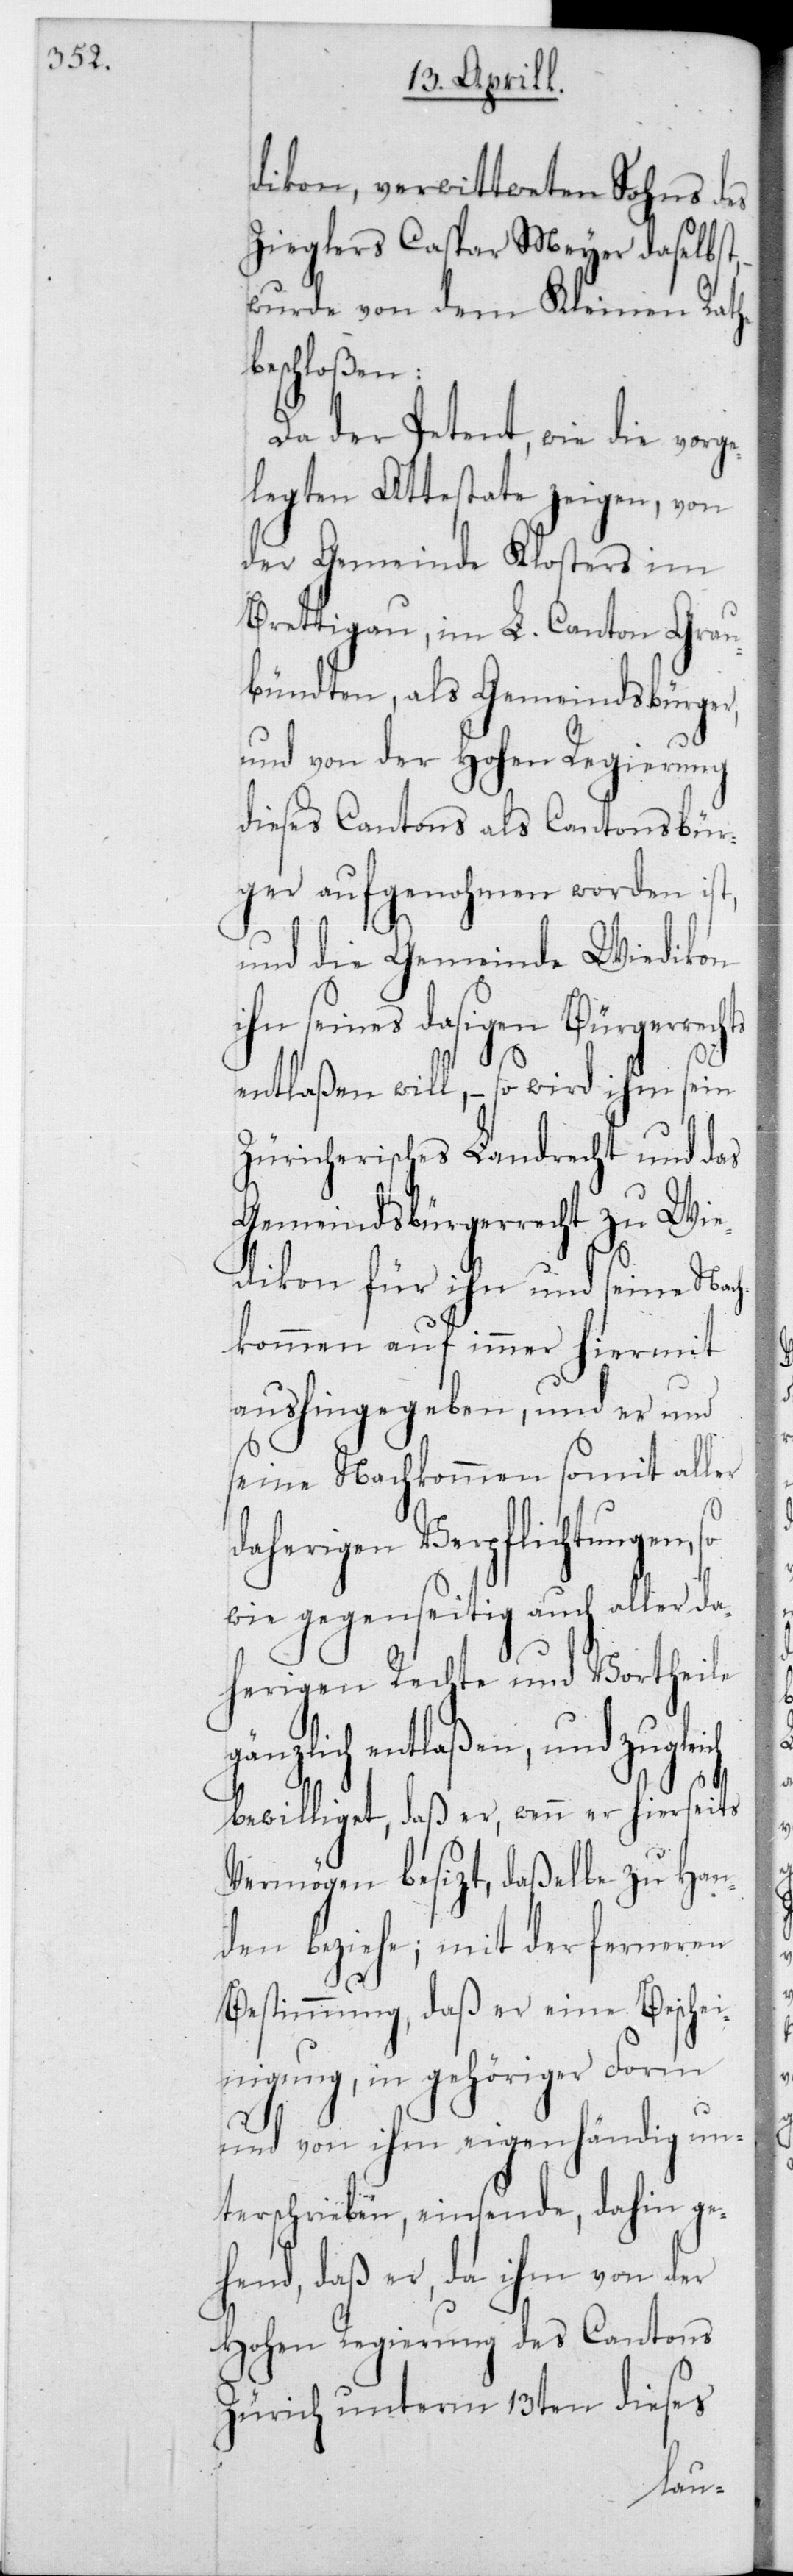
dikon, verwittweten Sohns des
Zieglers Caspar Meyer daselbst,
wurde von dem Kleinen Rathe
beschloßen:
Da der Petent, wie die vorg¬
elegten Attestate zeigen, von
der Gemeinde Klosters im
Brettigau im L. Canton Grau¬
bündten, als Gemeindsbürger,
und von der Hohen Regierung
dieses Cantons als Cantonsbür¬
ger aufgenohmen worden
und die Gemeinde Wiedikon
ihn seines dasigen Bürgerre¬
entlaßen will, – so wird ihm sein
Züricherisches Landrecht und das
Wi¬
Gemeindsbürgerrecht zu
edikon für ihn und seine Nac¬
hkommen auf immer hiermit
aushingegeben, und er und
seine Nachkommen somit all¬
herigen Verpflichtungen,
sowie gegenseitig auch aller da¬
herigen Rechte und Vorth¬
änzlich entlaßen, und zugle¬
bewilliget, daß er, wenn er hierseits
Vermögen besizt, daßelbe zu Han¬
ferneren
den beziehe, mit der
Bestimmung, daß er eine Beschei¬
nigung, in gehöriger Form
ich
und von ihm eigenhändig un¬
terschrieben, einsende, dahin ge¬
hend, daß er, da ihm von der
Hohen Regierung des Cantons
Zürich unterm 13ten dieses
g¬